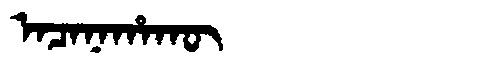
Manchu: ᠠᠴᠠᠨᠠᡥᠠᡴᡡ
Romanization: ACANAHAKŪ